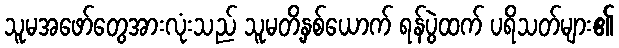
သူမအဖော်တွေအားလုံးသည် သူမတိ့နှစ်ယောက် ရန်ပွဲထက် ပရိသတ်များ၏